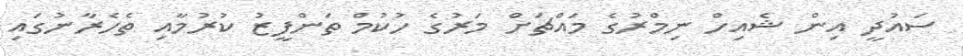
ސައުދީ އިން ޝެއިހް ނިމްރުގެ މައްޗަށް މަރުގެ ހުކުމް ތަންފީޒު ކުރުމާއި ތެހެރާނުގައި